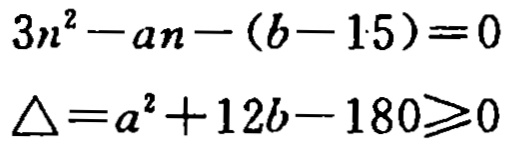
\[

\begin{align*}

3n^{2}-an-(b - 15)&=0\\

\Delta&=a^{2}+12b-180\geqslant0

\end{align*}

\]